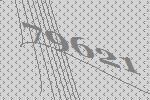
79621